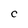
Character: C